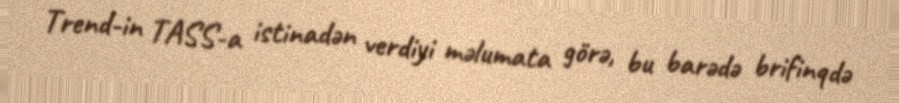
Trend-in TASS-a istinadən verdiyi məlumata görə, bu barədə brifinqdə